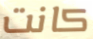
كانت